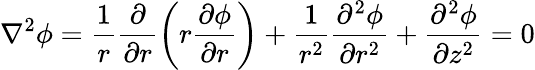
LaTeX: \nabla^{2}\phi=\frac{1}{r}\frac{\partial}{\partial r}\left(r\frac{\partial\phi}{\partial r}\right)+\frac{1}{r^{2}}\frac{\partial^{2}\phi}{\partial r^{2}}+\frac{\partial^{2}\phi}{\partial z^{2}}=0